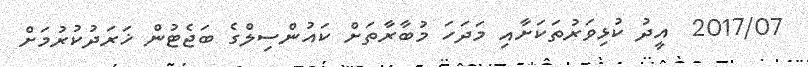
2017/07  އީދު ކުޅިވަރުތަކަށާއި މަދަހަ މުބާރާތަށް ކައުންސިލްގެ ބަޖެޓުން ޚަރަދުކުރުމަށް